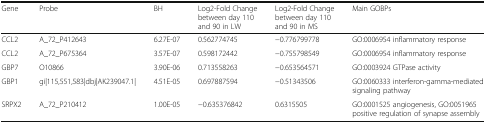
| Gene | Probe | BH | Log2-Fold Change between day 110 and 90 in LW | Log2-Fold Change between day 110 and 90 in MS | Main GOBPs |
 | --- | --- | --- | --- | --- | --- |
 | CCL2 | A_72_P412643 | 6.27E-07 | 0.562774745 | −0.776799778 | GO:0006954 inflammatory response |
 | CCL2 | A_72_P675364 | 3.57E-07 | 0.598172442 | −0.755798549 | GO:0006954 inflammatory response |
 | GBP7 | O10866 | 3.90E-06 | 0.713558263 | −0.653564571 | GO:0003924 GTPase activity |
 | GBP1 | gi|115,551,583|dbj|AK239047.1| | 4.51E-05 | 0.697887594 | −0.51343506 | GO:0060333 interferon-gamma-mediated signaling pathway |
 | SRPX2 | A_72_P210412 | 1.00E-05 | −0.635376842 | 0.6315505 | GO:0001525 angiogenesis, GO:0051965 positive regulation of synapse assembly |